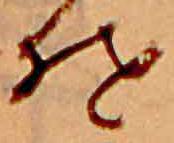
そ